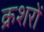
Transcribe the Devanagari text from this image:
क्रशरों